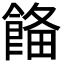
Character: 𩜗